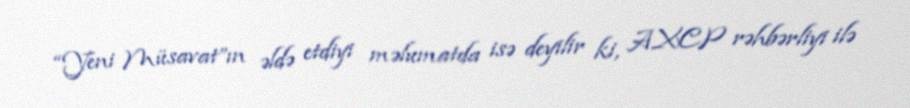
“Yeni Müsavat”ın əldə etdiyi məlumatda isə deyilir ki, AXCP rəhbərliyi ilə